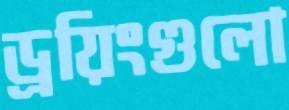
ড্রয়িংগুলো